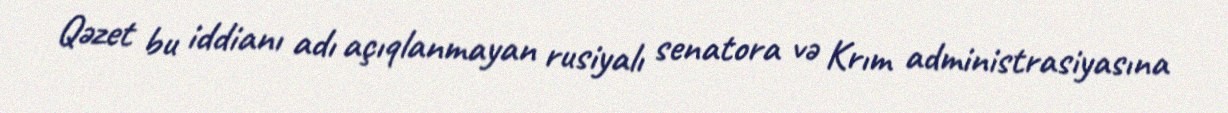
Qəzet bu iddianı adı açıqlanmayan rusiyalı senatora və Krım administrasiyasına